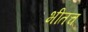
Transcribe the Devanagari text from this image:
भीतच